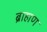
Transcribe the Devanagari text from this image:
ब्राहाण